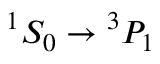
{ } ^ { 1 } S _ { 0 } \rightarrow { } ^ { 3 } P _ { 1 }